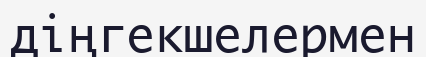
діңгекшелермен